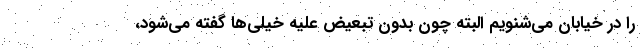
را در خیابان می‌شنویم البته چون بدون تبعیض علیه خیلی‌ها گفته می‌شود،